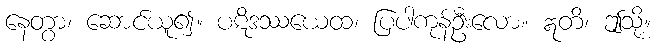
နေတွာ၊ ဆောင်ယူ၍။ ပဋိဒဿယေထ၊ ပြပါကုန်ဦးလော။ ဣတိ၊ ဤသို့။